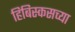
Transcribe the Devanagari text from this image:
हिबिस्कसच्या